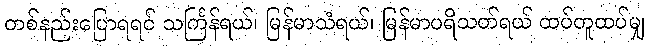
တစ်နည်းပြောရရင် သင်္ကြန်ရယ်၊ မြန်မာသံရယ်၊ မြန်မာပရိသတ်ရယ် ထပ်တူထပ်မျှ